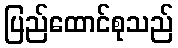
ပြည်ထောင်စုသည်